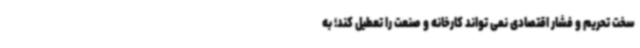
سخت تحریم و فشار اقتصادی نمی تواند کارخانه و صنعت را تعطیل کند؛ به